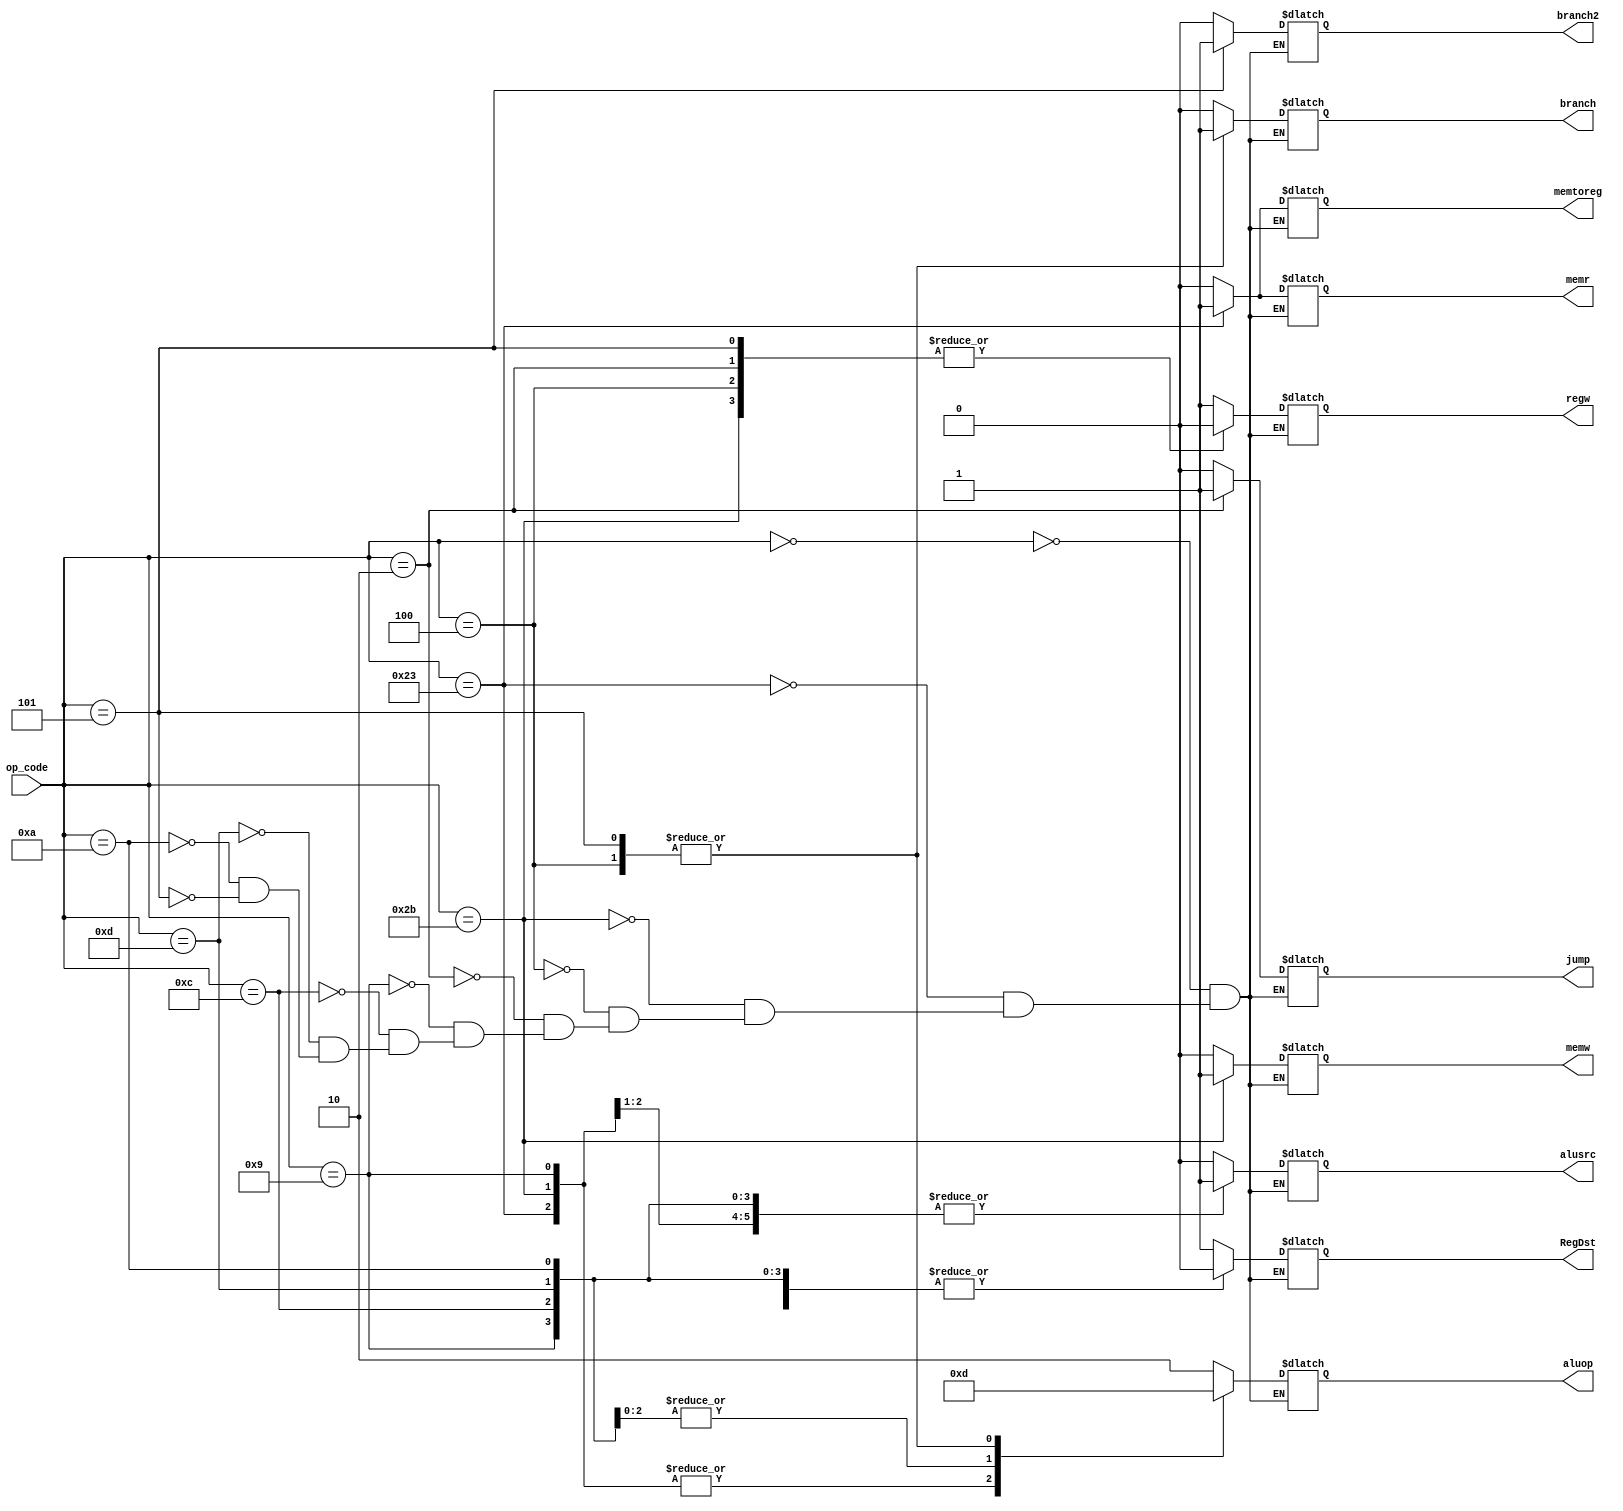
module CU(op_code, RegDst, regw, alusrc, memr, memw, memtoreg, branch, jump, aluop,branch2);
input [5:0] op_code;
output reg RegDst, regw, alusrc, memr, memw, memtoreg, branch, jump, branch2;
output reg [1:0] aluop;

parameter R_type =  6'b000000,
          lw =      6'b100011,
          sw =      6'b101011,
          beq =     6'b000100,
          j =       6'b000010,
          addiu =   6'b001001,
          andi =    6'b001100,
          ori =     6'b001101,
          slti =    6'b001010,
          bne =     6'b000101;
always @(op_code) begin
    case(op_code)
        R_type:{RegDst, regw, alusrc, memr, memw, memtoreg, branch, jump, aluop,branch2} <= 11'b11000000100;
        lw:{RegDst, regw, alusrc, memr, memw, memtoreg, branch, jump, aluop,branch2} <=     11'b01110100000;
        sw:{RegDst, regw, alusrc, memr, memw, memtoreg, branch, jump, aluop,branch2} <=     11'bx0101x00000;
        beq:{RegDst, regw, alusrc, memr, memw, memtoreg, branch, jump, aluop,branch2} <=    11'bx0000x10010;
        j:{RegDst, regw, alusrc, memr, memw, memtoreg, branch, jump, aluop,branch2} <=      11'bx0x00x01xx0;
        addiu:{RegDst, regw, alusrc, memr, memw, memtoreg, branch, jump, aluop,branch2} <=  11'b01100000000;
        andi:{RegDst, regw, alusrc, memr, memw, memtoreg, branch, jump, aluop,branch2} <=   11'b01100000110;
        ori:{RegDst, regw, alusrc, memr, memw, memtoreg, branch, jump, aluop,branch2} <=    11'b01100000110;
        slti:{RegDst, regw, alusrc, memr, memw, memtoreg, branch, jump, aluop,branch2} <=   11'b01100000110;
        bne:{RegDst, regw, alusrc, memr, memw, memtoreg, branch, jump, aluop,branch2} <=    11'bx0000x10011;
    endcase
end
endmodule